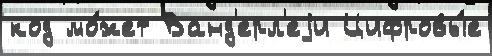
код мо́жет Ванд'ерл'еjи Цифровы́е